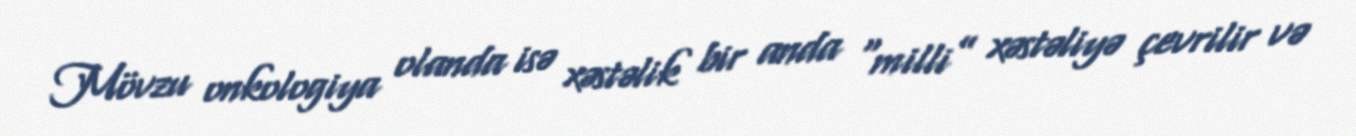
Mövzu onkologiya olanda isə xəstəlik bir anda “milli” xəstəliyə çevrilir və